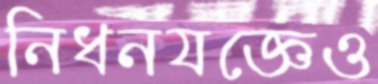
নিধনযজ্ঞেও